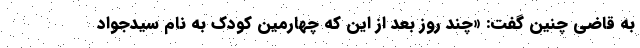
به قاضی چنین گفت: «چند روز بعد از این که چهارمین کودک به نام سیدجواد